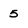
Character: 5